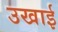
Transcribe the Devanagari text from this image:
उखाई